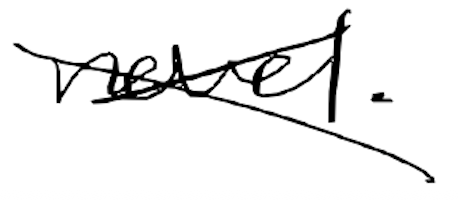
Text: novel.
Cross-out: cross
Writing tool: digital_black